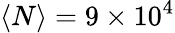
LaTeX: \langle N\rangle=9\times 10^{4}